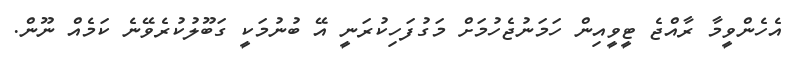
އެހެންވީމާ ރާއްޖެ ޓީވީއިން ހަމަނުޖެހުމަށް މަގުފަހިކުރަނީ އޭ ބުނުމަކީ ގަބޫލުކުރެވޭނެ ކަމެއް ނޫން.